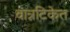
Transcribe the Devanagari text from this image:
वात्रटिकेत